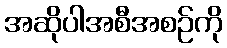
အဆိုပါအစီအစဉ်ကို